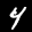
Label: 4